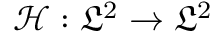
\mathcal { H } : \mathfrak { L } ^ { 2 } \to \mathfrak { L } ^ { 2 }